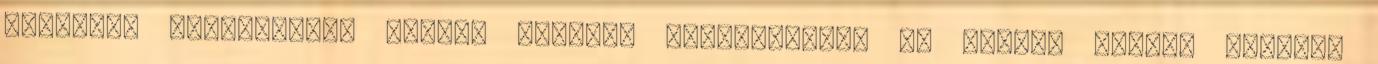
irányban száguldott, lelkük másfelé kalandozott, ki tudja, milyen utakon,